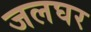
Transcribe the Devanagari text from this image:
जलघर